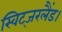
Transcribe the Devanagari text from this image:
स्विट्जरलैंड।